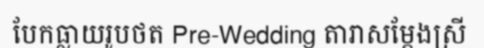
បែកធ្លាយរូបថត Pre-Wedding តារាសម្តែងស្រី